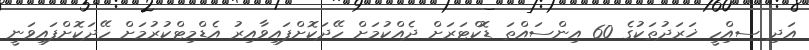
އަދި ސއްިހީ ޚަރަދުތަކުގެ 60 އިންސައްތަ ޑޮކްޓަރަށް ދެއްކުމަށް ހޭދަކޮށްފައިވާއިރު އެޑްމިޓްކުރުމަށް ހޭދަކޮށްފައިވަނީ